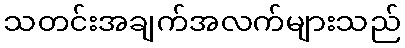
သတင်းအချက်အလက်များသည်